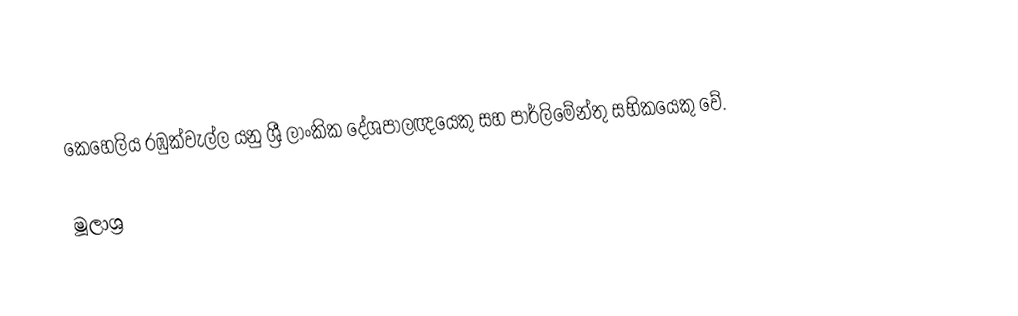
කෙහෙලිය රඹුක්වැල්ල යනු ශ්‍රී ලාංකික දේශපාලඥයෙකු සහ පාර්ලිමේන්තු සභිකයෙකු වේ.

මූලාශ්‍ර